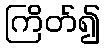
ကြိတ်၍